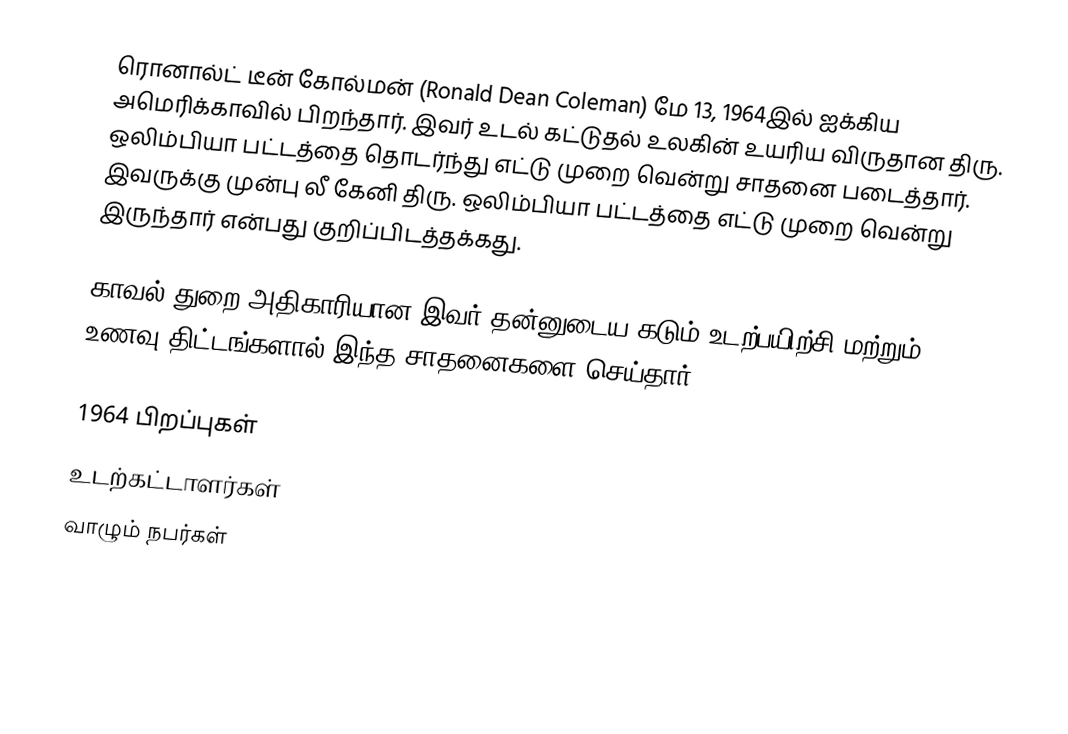
ரொனால்ட் டீன் கோல்மன் (Ronald Dean Coleman) மே 13, 1964இல் ஐக்கிய அமெரிக்காவில் பிறந்தார். இவர் உடல் கட்டுதல் உலகின் உயரிய விருதான திரு. ஒலிம்பியா பட்டத்தை தொடர்ந்து எட்டு முறை வென்று சாதனை படைத்தார். இவருக்கு முன்பு லீ கேனி திரு. ஒலிம்பியா பட்டத்தை எட்டு முறை வென்று இருந்தார் என்பது குறிப்பிடத்தக்கது.

காவல் துறை அதிகாரியான இவர் தன்னுடைய கடும் உடற்பயிற்சி மற்றும் உணவு திட்டங்களால் இந்த சாதனைகளை செய்தார்.

1964 பிறப்புகள்
உடற்கட்டாளர்கள்
வாழும் நபர்கள்